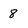
Character: 8